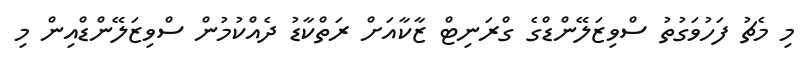
މި މެޗު ފަހުވަގުތު ސްވިޒަލޭންޑްގެ ގްރަނިޓް ޒާކާއަށް ރަތްކާޑު ދެއްކުމުން ސްވިޒަލޭންޑްއިން މި